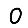
Digit: 0